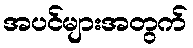
အပင်များအတွက်